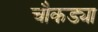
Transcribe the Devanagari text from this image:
चौकड्या